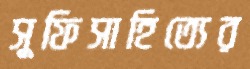
সুফিসাহিত্যের